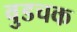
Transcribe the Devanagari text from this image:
वुडचक